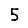
Digit: 5